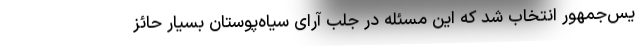
یس‌جمهور انتخاب شد که این مسئله در جلب آرای سیاه‌پوستان بسیار حائز